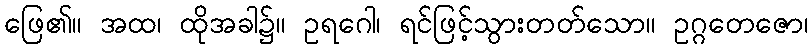
ဖြေ၏။ အထ၊ ထိုအခါ၌။ ဥရဂေါ၊ ရင်ဖြင့်သွားတတ်သော။ ဥဂ္ဂတေဇော၊